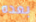
بعده